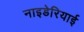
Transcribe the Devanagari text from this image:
नाइडेरियाई